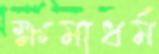
ক্ষমাধর্ম